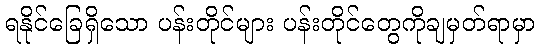
ရနိုင်ခြေရှိသော ပန်းတိုင်များ ပန်းတိုင်တွေကိုချမှတ်ရာမှာ